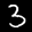
Label: 3